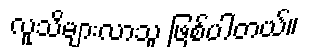
လူသိများလာသူ ဖြစ်ပါတယ်။